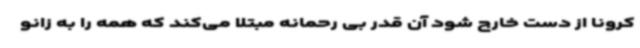
کرونا از دست خارج شود آن قدر بی رحمانه مبتلا می‌کند که همه را به زانو